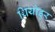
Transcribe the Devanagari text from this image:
थियोडूर